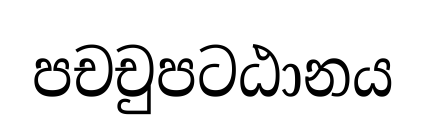
පචචුපටඨානය